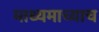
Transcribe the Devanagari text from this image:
माध्यमाच्याच